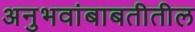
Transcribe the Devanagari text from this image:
अनुभवांबाबतीतील